Enquiry on enteric fever in India - Number 32
Disease focus: Fever
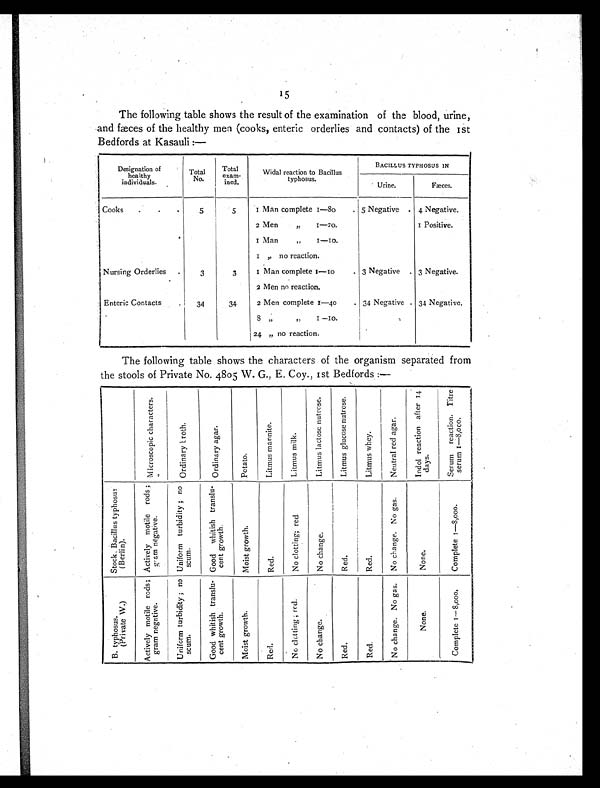
15
The following table shows the result of the examination of the blood, urine,
and fæces of the healthy men (cooks, enteric orderlies and contacts) of the 1st
Bedfords at Kasauli :—
Designation of
healthy
individuals.
Total
No.
Total
exam-
ined.
Widal reaction to Bacillus
typhosus.
BACILLUS TYPHOSUS IN
Urine.
Fæces.
Cooks .
..
5
5
1 Man complete 1—80
5 Negative
4 Negative.
2 Men
,,
1—20.
1 Positive.
1 Man „ 1—10.
1 ,, no reaction.
Nursing Orderlies
3
3
1 Man complete 1—10
3 Negative
3 Negative.
2 Men no reaction.
Enteric Contacts
34
34
2 Men complete 1—40
34 Negative 34 Negative.
8 ,, ,, 1—10.
24 „ no reaction.
The following table shows the characters of the organism separated from
the stools of Private No. 4805 W. G., E. Coy., 1st Bedfords :—
M i c r o s c o p i c c h a r a c t e r s .
O r d i n a r y t r o t h .
O r d i n a r y a g a r .
P c t a t o .
L i t m u s m a n n i t e .
L i m u s m i l k .
L i t m u s l a c t o s e n u t r o s e .
L i t m u s g l u c o s e n u t r o s e .
L i t m u s w h e y .
N e u t r a l r e d a g a r .
I n d o l r e a c t i o n a f t e r 1 4 d a y s .
S e r u m r e a c t i o n . T i t r e s e r u m 1 — 8 , 0 0 0 .
S t o c k B a c i l l u s t y p h o s u s ( B e r l i n ) .
A c t i v e l y m o t i l e r o d s ; g ' a m n e g a t i v e .
U n i f o r m t u r b i d i t y ; n o s c u m .
G o o d w h i t i s h t r a n s l u - c e n t g r o w t h .
M o i s t g r o w t h .
Re d .
N o c l o t t i n g ; r e d .
N o c h a n g e .
Red.
R e d .
N o c h a n g e . N o g a s .
N o n e .
C o m p l e t e 1 — 8 , 0 0 0 .
B . t y p h o s u s . ( P r i v a t e W . )
A c t i v e l y m o t i l e r o d s ; g r a m n e a t i v e .
U n i f o r m t a r b i d i y ; n o s c u m .
G o o d w h i t i s h t r a n s l u - c e n t g r o w t h .
M o i s t g r o w t h .
Re d .
N o c l o t t i n g ; r e d .
N o c h a n g e .
R e d .
Red.
N o c h a n g e . N o g a s .
N o n e .
C o m p l e t e 1 — 8 , 0 0 0 .